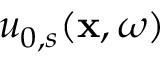
u _ { 0 , s } ( \mathbf { x } , \omega )